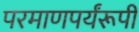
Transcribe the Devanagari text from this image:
परमाणपर्यंरूपी